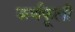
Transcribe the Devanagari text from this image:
कर्णफूली